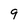
Character: 9